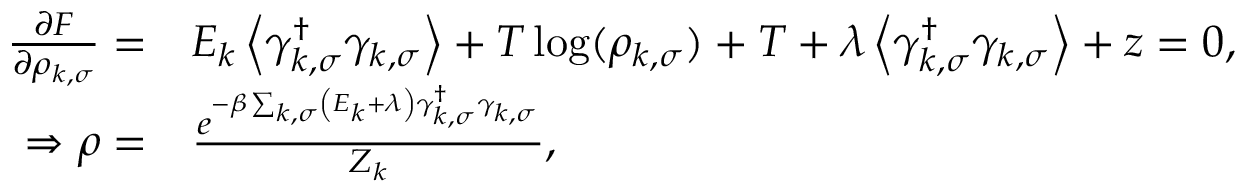
\begin{array} { r l } { \frac { \partial F } { \partial \rho _ { k , \sigma } } = } & { E _ { k } \left\langle \gamma _ { k , \sigma } ^ { \dag } \gamma _ { k , \sigma } \right\rangle + T \log ( \rho _ { k , \sigma } ) + T + \lambda \left\langle \gamma _ { k , \sigma } ^ { \dag } \gamma _ { k , \sigma } \right\rangle + z = 0 , } \\ { \Rightarrow \rho = } & { \frac { e ^ { - \beta \sum _ { k , \sigma } \left( E _ { k } + \lambda \right) \gamma _ { k , \sigma } ^ { \dag } \gamma _ { k , \sigma } } } { Z _ { k } } , } \end{array}